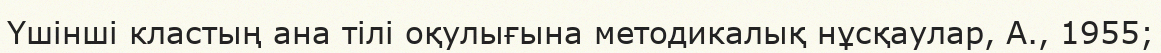
Үшінші кластың ана тілі оқулығына методикалық нұсқаулар, А., 1955;